Insane asylums in Bengal annual reports 1876-1887 - 1876-1887
Year: 1876
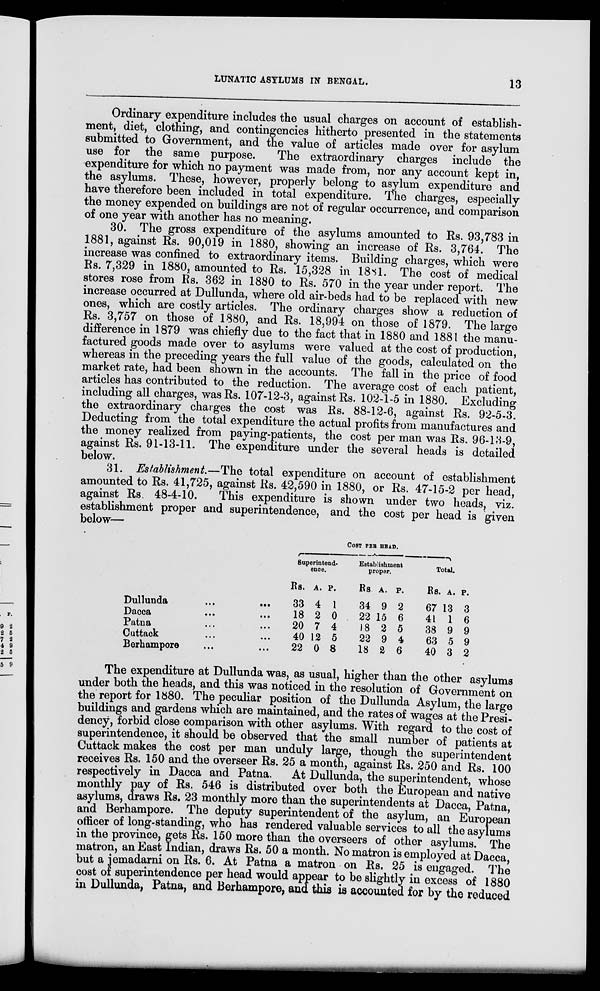
LUNATIC ASYLUMS IN BENGAL.
13
Ordinary expenditure includes the usual charges on account of establish-
ment, diet, clothing, and contingencies hitherto presented in the statements
submitted to Government, and the value of articles made over for asylum
use for the same purpose.
The extraordinary charges include the
expenditure for which no payment was made from, nor any account kept in,
the asylums. These, however, properly belong to asylum expenditure and
have therefore been included in total expenditure. The charges, especially
the money expended on buildings are not of regular occurrence, and comparison
of one year with another has no meaning.
30. The gross expenditure of the asylums amounted to Rs. 93,783 in
1881, against Rs. 90,019 in 1880, showing an increase of Rs. 3,764. The
increase was confined to extraordinary items. Building charges, which were
Rs. 7,329 in 1880, amounted to Rs. 15,328 in 1881. The cost of medical
stores rose from Rs. 362 in 1880 to Rs. 570 in the year under report. The
increase occurred at Dullunda, where old air-beds had to be replaced with new
ones, which are costly articles. The ordinary charges show a reduction of
Rs. 3,757 on those of 1880, and Rs. 18,994 on those of 1879. The large
difference in 1879 was chiefly due to the fact that in 1880 and 1881 the manu-
factured goods made over to asylums were valued at the cost of production,
whereas in the preceding years the full value of the goods, calculated on the
market rate, had been shown in the accounts. The fall in the price of food
articles has contributed to the reduction. The average cost of each patient,
including all charges, was Rs. 107-12-3, against Rs. 102-1-5 in 1880. Excluding
the extraordinary charges the cost was Rs. 88-12-6, against Rs. 92-5-3.
Deducting from the total expenditure the actual profits from manufactures and
the money realized from paying-patients, the cost per man was Rs. 96-13-9,
against Rs. 91-13-11. The expenditure under the several heads is detailed
below.
31. Establishment.—The total expenditure on account of establishment
amounted to Rs. 41,725, against Rs. 42,590 in 1880, or Rs. 47-15-2 per head,
against Rs. 48-4-10.
This expenditure is shown under two heads, viz.
establishment proper and superintendence, and the cost per head is given
below—
Dullunda ... ...
Dacca
...
...
Patna ... ...
Cuttack ... ...
Berhampore ... ...
COST PER HEAD.
Superintend-
ence.
Rs.
33
18
20
40
22
A.
4
2
7
12
0
P.
1
0
4
5
8
Establishment
proper.
Rs
34
22
18
22
18
A.
9
15
2
9
2
P.
2
6
5
4
6
Total.
Rs.
67
41
38
63
40
A.
13
1
9
5
3
P.
3
6
9
9
2
The expenditure at Dullunda was, as usual, higher than the other asylums
under both the heads, and this was noticed in the resolution of Government on
the report for 1880. The peculiar position of the Dullunda Asylum, the large
buildings and gardens which are maintained, and the rates of wages at the Presi-
dency, forbid close comparison with other asylums. With regard to the cost of
superintendence, it should be observed that the small number of patients at
Cuttack makes the cost per man unduly large, though the superintendent
receives Rs. 150 and the overseer Rs. 25 a month, against Rs. 250 and Rs. 100
respectively in Dacca and Patna.
At Dullunda, the superintendent, whose
monthly pay of Rs. 546 is distributed over both the European and native
asylums, draws Rs. 23 monthly more than the superintendents at Dacca, Patna,
and Berhampore. The deputy superintendent of the asylum, an European
officer of long-standing, who has rendered valuable services to all the asylums
in the province, gets Rs. 150 more than the overseers of other asylums. The
matron, an East Indian, draws Rs. 50 a month. No matron is employed at Dacca,
but a jemadarni on Rs. 6. At Patna a matron on Rs. 25 is engaged. The
cost of superintendence per head would appear to be slightly in excess of 1880
in Dullunda, Patna, and Berhampore, and this is accounted for by the reduced